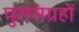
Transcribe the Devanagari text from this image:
पुरासंग्रहों